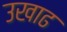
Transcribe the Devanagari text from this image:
उखाढ